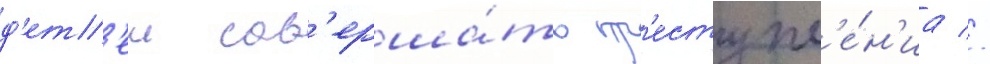
д'ет'еи сов'ерша́ть пр'еступл'е́н'иа //